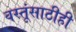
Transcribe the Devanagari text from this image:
वस्तूंसाठीही